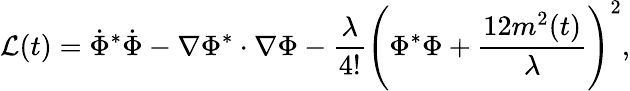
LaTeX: {\cal L}(t)=\dot{\Phi}^{*}\dot{\Phi}-\nabla\Phi^{*}\cdot\nabla\Phi-\frac{\lambda}{4!}\Biggl(\Phi^{*}\Phi+\frac{12m^{2}(t)}{\lambda}\Biggr)^{2},